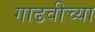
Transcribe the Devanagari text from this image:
गाढवीच्या